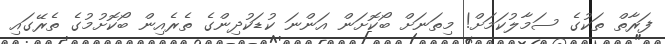
ފަރާތް ތަކުގެ ސަމާލުކަމަށް! މިތަނަށް ބޯކޮށަން އަންނަ ކުޑަކުދިންގެ ތެރެއިން ބޯކޮށުމުގެ ތެރޭގައި